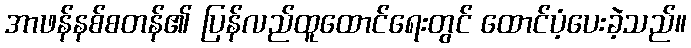
အာဖန်နစ်စတန်၏ ပြန်လည်ထူထောင်ရေးတွင် ထောင်ပံ့ပေးခဲ့သည်။